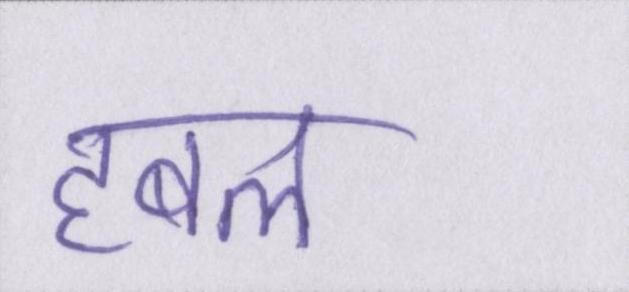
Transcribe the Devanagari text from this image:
हबल